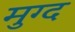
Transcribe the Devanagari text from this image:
मुग्द